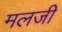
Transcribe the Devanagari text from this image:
मलजी